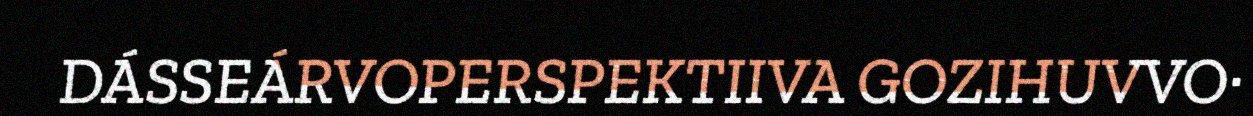
DÁSSEÁRVOPERSPEKTIIVA GOZIHUVVO·